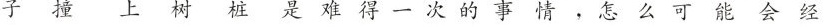
子撞上树桩是难得一次的事情，怎么可能会经